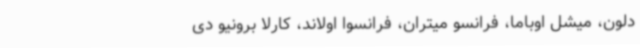
دلون، میشل اوباما، فرانسو میتران، فرانسوا اولاند، کارلا برونیو دی